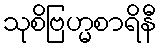
သုစိဗြဟ္မစာရိနီ